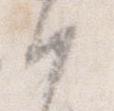
候